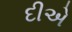
દીએ